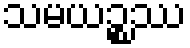
သမယဉ္စဿ